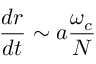
\frac { d r } { d t } \sim a \frac { \omega _ { c } } { N }